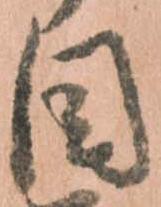
目